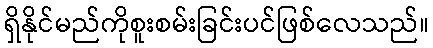
ရှိနိုင်မည်ကိုစူးစမ်းခြင်းပင်ဖြစ်လေသည်။